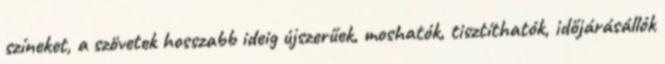
színeket, a szövetek hosszabb ideig újszerűek, moshatók, tisztíthatók, időjárásállók